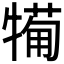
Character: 𤛟